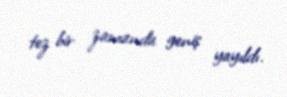
tez bir zamanda geniş yayıldı.